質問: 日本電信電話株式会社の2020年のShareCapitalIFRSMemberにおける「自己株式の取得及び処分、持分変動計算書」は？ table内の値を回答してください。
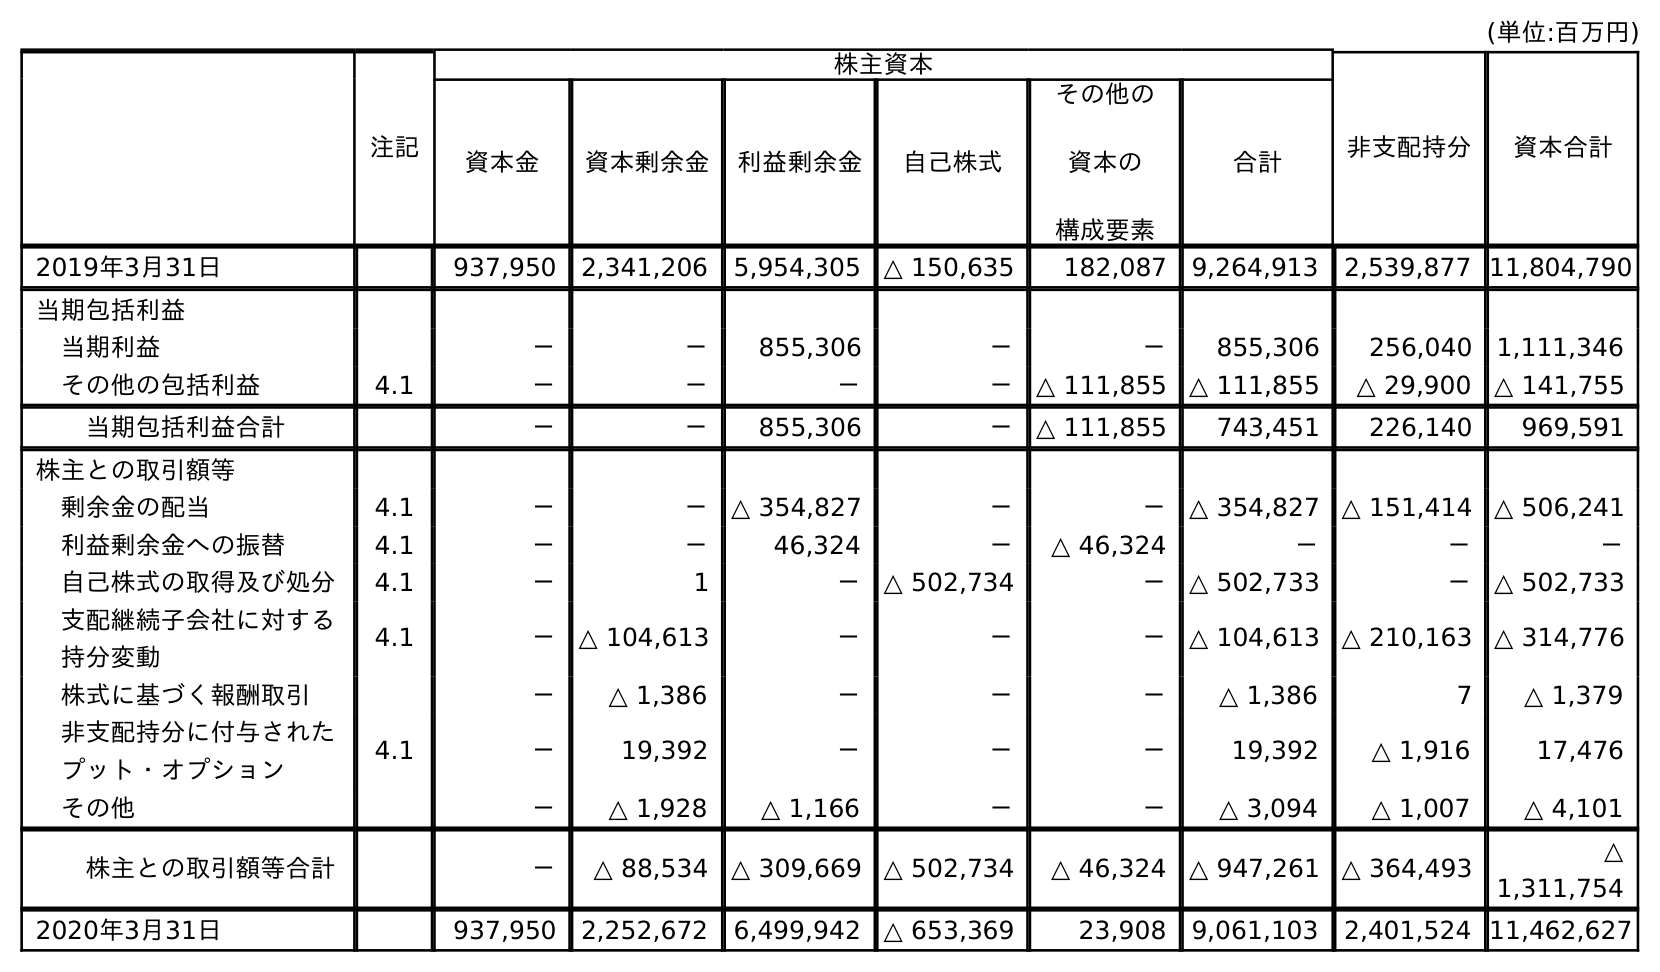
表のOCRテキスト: (単位:百万円) 注記 株主資本 非支配持分 資本合計 資本金 資本剰余金 利益剰余金 自己株式 その他の 資本の 構成要素 合計 2019年3月31日 937,950 2,341,206 5,954,305 △ 150,635 182,087 9,264,913 2,539,877 11,804,790 当期包括利益 当期利益 － － 855,306 － － 855,306 256,040 1,111,346 その他の包括利益 4.1 － － － － △ 111,855 △ 111,855 △ 29,900 △ 141,755 当期包括利益合計 － － 855,306 － △ 111,855 743,451 226,140 969,591 株主との取引額等 剰余金の配当 4.1 － － △ 354,827 － － △ 354,827 △ 151,414 △ 506,241 利益剰余金への振替 4.1 － － 46,324 － △ 46,324 － － － 自己株式の取得及び処分 4.1 － 1 － △ 502,734 － △ 502,733 － △ 502,733 支配継続子会社に対する 持分変動 4.1 － △ 104,613 － － － △ 104,613 △ 210,163 △ 314,776 株式に基づく報酬取引 － △ 1,386 － － － △ 1,386 7 △ 1,379 非支配持分に付与された プット・オプション 4.1 － 19,392 － － － 19,392 △ 1,916 17,476 その他 － △ 1,928 △ 1,166 － － △ 3,094 △ 1,007 △ 4,101 株主との取引額等合計 － △ 88,534 △ 309,669 △ 502,734 △ 46,324 △ 947,261 △ 364,493 △ 1,311,754 2020年3月31日 937,950 2,252,672 6,499,942 △ 653,369 23,908 9,061,103 2,401,524 11,462,627
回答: －